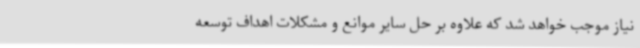
نیاز موجب خواهد شد که علاوه بر حل سایر موانع و مشکلات اهداف توسعه